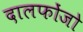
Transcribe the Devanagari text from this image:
दालफोंजो